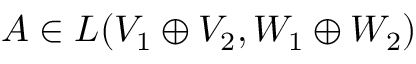
A \in L ( V _ { 1 } \oplus V _ { 2 } , W _ { 1 } \oplus W _ { 2 } )